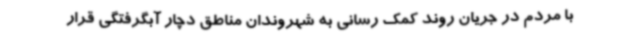
با مردم در جریان روند کمک رسانی به شهروندان مناطق دچار آبگرفتگی قرار